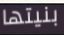
بنيتها